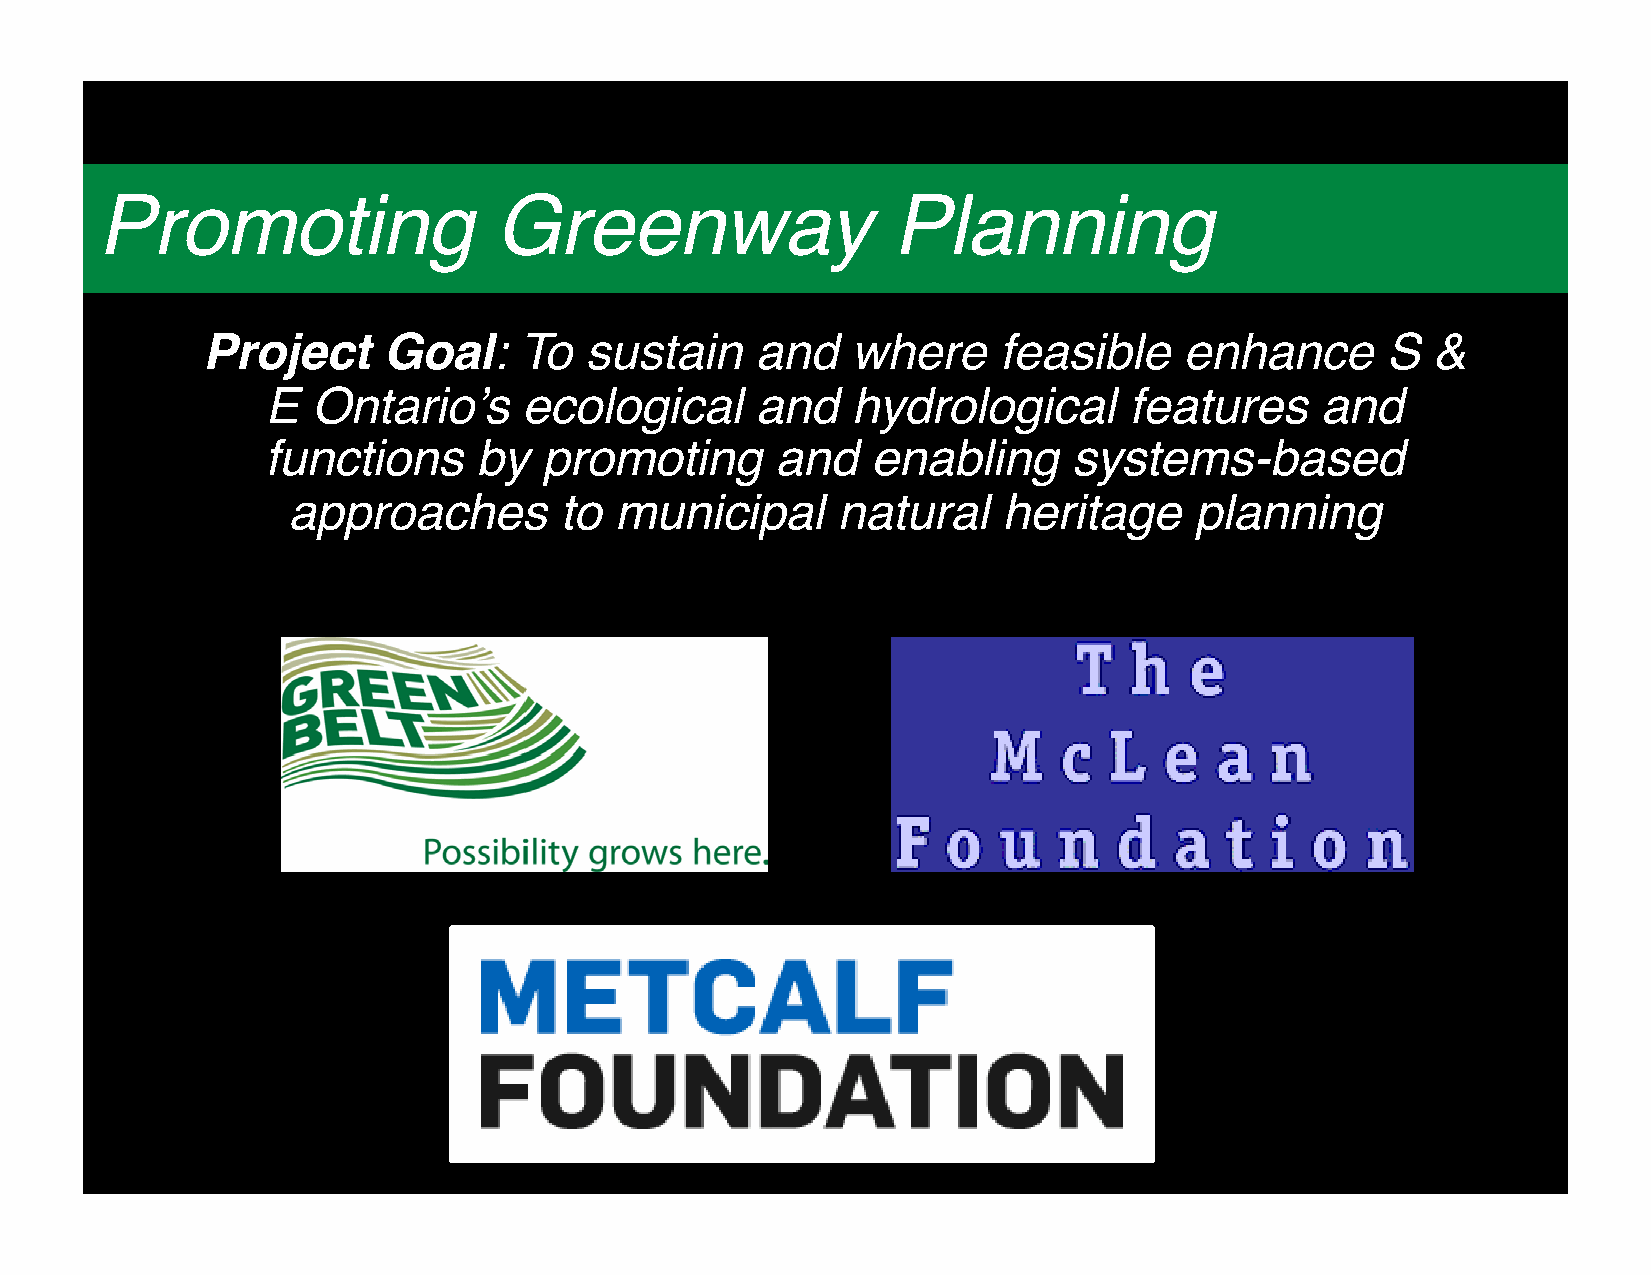
Who          is   Ontario             Nature?
 Promoting                  Greenway                  Planning
 Project     Goal:    To   sustain    and   where     feasible    enhance       S  &
 E  Ontario’s     ecological     and   hydrological       features    and
 functions     by  promoting      and    enabling     systems-based
 approaches        to  municipal     natural    heritage     planning